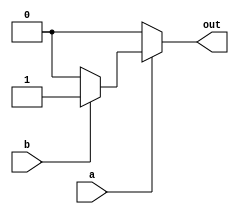
module nested_if_else_example(
    input wire a,
    input wire b,
    output reg out
);

always @(*)
begin
    if(a == 1)
    begin
        if(b == 1)
            out <= 1;
        else
            out <= 0;
    end
    else
    begin
        out <= 0;
    end
end

endmodule